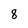
Character: 8